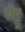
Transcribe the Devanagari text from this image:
पोट्टू